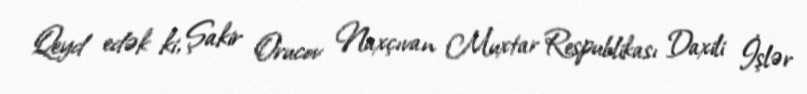
Qeyd edək ki, Şakir Orucov Naxçıvan Muxtar Respublikası Daxili İşlər